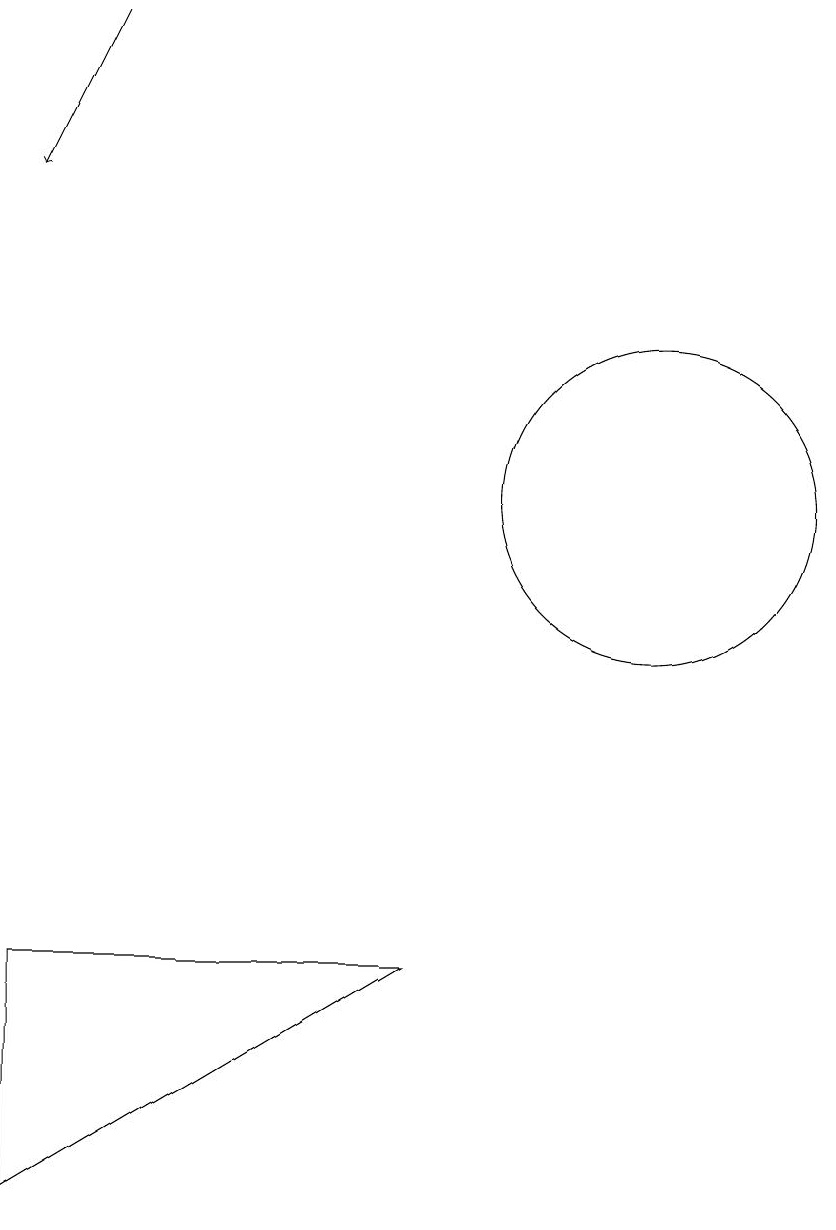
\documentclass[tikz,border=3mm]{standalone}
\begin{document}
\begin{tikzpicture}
\draw (2,6) -- (2,3) -- (7,6) -- cycle;
\draw (10,12) circle (2);
\draw[->] (3,18) -- (2,16);
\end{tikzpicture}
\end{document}